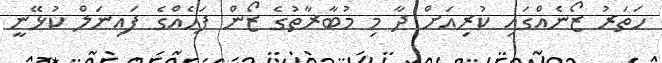
ހަތަރު ޒޯނެއްގައި ކުރިއަށް ދާ މި މުބާރާތުގެ ޒޯން ފަހެއްގެ ފައިނަލް ކުޅޭނީ